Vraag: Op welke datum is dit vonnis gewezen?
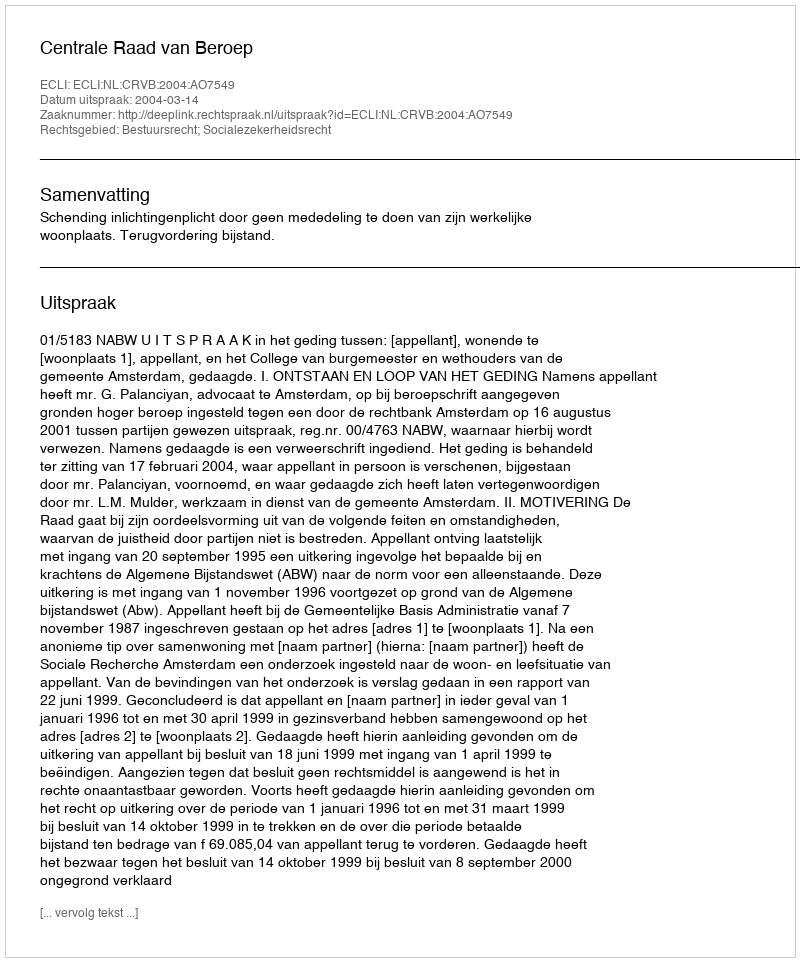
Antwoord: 2004-03-14